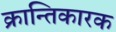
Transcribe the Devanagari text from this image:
क्रान्तिकारक